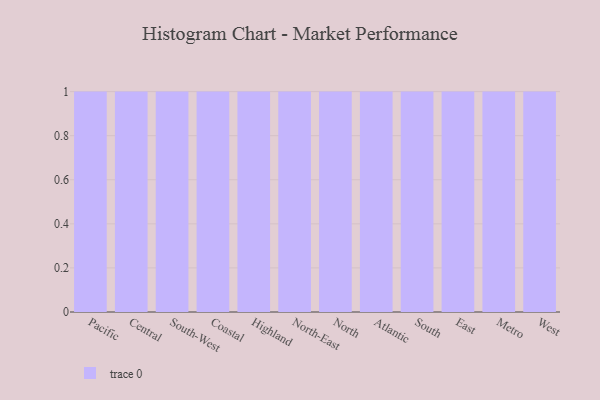
{"axis": {"x": "Region", "y": "Conversion Rate (%)"}, "legend": [""], "data": [{"x": "Pacific", "y": 56, "type": ""}, {"x": "Central", "y": 44, "type": ""}, {"x": "South-West", "y": 9, "type": ""}, {"x": "Coastal", "y": 45, "type": ""}, {"x": "Highland", "y": 91, "type": ""}, {"x": "North-East", "y": 80, "type": ""}, {"x": "North", "y": 69, "type": ""}, {"x": "Atlantic", "y": 6, "type": ""}, {"x": "South", "y": 38, "type": ""}, {"x": "East", "y": 11, "type": ""}, {"x": "Metro", "y": 16, "type": ""}, {"x": "West", "y": 7, "type": ""}]}